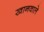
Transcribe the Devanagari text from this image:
खानवाले